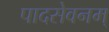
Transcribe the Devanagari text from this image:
पादसेवनम्